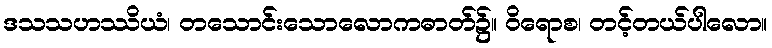
ဒသသဟဿိယံ၊ တသောင်းသောလောကဓာတ်၌။ ဝိရောစ၊ တင့်တယ်ပါလော။